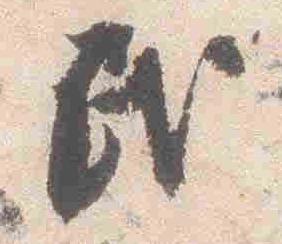
民